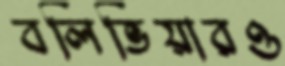
বলিভিয়ারও